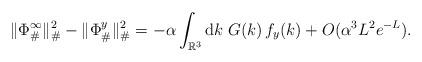
LaTeX: \begin{align*}\|\Phi_{\#}^{\infty}\|^2_{\#} - \|\Phi_{\#}^y\|^2_{\#}= - \alpha \int_{\mathbb{R}^3}\mathrm{d}k \; G(k)\,f_y(k)+O(\alpha^3 L^2 e^{-L}).\end{align*}